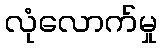
လုံလောက်မှု